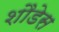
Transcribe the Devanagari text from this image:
शौडेस